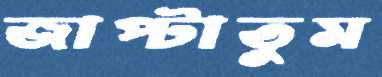
জাপ্‌টাতুম